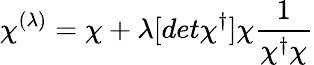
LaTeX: \chi^{(\lambda)}=\chi+\lambda[det\chi^{\dagger}]\chi{\frac{1}{\chi^{\dagger}\chi}}